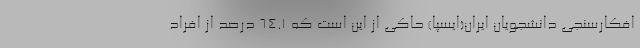
افکارسنجی دانشجویان ایران(ایسپا) حاکی از این است که ۶۴.۱ درصد از افراد